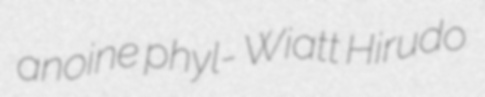
anoine phyl- Wiatt Hirudo